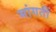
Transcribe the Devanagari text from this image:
मांगतीं